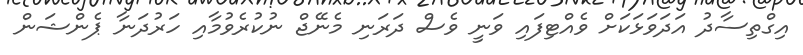
އިގްތިސާދު އަދަވަޅަކަށް ވެއްޓިފައި ވަނީ ވެސް ދަރަނި މެނޭޖް ނުކުރެވުމާއި ހަރުދަނާ ޕެންޝަން